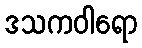
ဒသကဝါရော